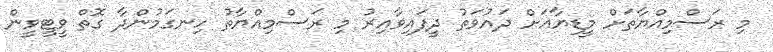
މި ރަސްމިއްޔާތަށް މީޑިޔާއަށް ދައުވަތު ދީފައިވާއިރު މި ރަސްމިއްޔާތު ހިނގަމުންދާ ގޮތް ވީޓީވީން